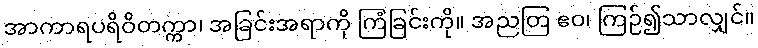
အာကာရပရိဝိတက္ကာ၊ အခြင်းအရာကို ကြံခြင်းကို။ အညတြ ဧဝ၊ ကြဉ်၍သာလျှင်။